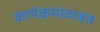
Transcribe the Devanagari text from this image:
कार्यक्रमांबाबत